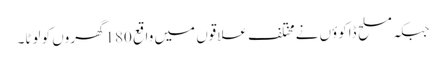
جبکہ مسلح ڈاکوؤں نےمختلف علاقوں میں واقع 180گھروں کو لوٹا۔